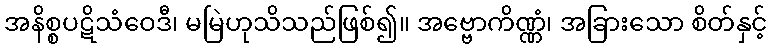
အနိစ္စပဋိသံဝေဒီ၊ မမြဲဟုသိသည်ဖြစ်၍။ အဗ္ဗောကိဏ္ဏံ၊ အခြားသော စိတ်နှင့်